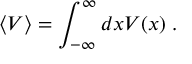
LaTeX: \left< V \right> = \int _ { - \infty } ^ { \infty } d x V ( x ) \; .